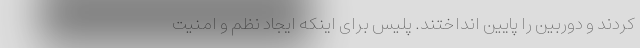
کردند و دوربین را پایین انداختند. پلیس برای اینکه ایجاد نظم و امنیت